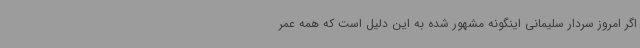
اگر امروز سردار سلیمانی اینگونه مشهور شده به این دلیل است که همه عمر